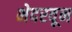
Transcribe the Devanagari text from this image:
भेदरवून